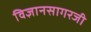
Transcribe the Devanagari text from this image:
विज्ञानसागरजी